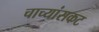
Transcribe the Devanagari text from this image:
चाच्यांसकट